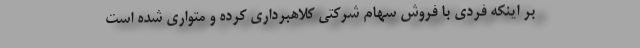
بر اینکه فردی با فروش سهام شرکتی کلاهبرداری کرده و متواری شده است